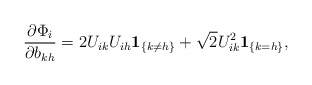
\begin{align*}\frac{\partial\Phi_{i}}{\partial b_{kh}}=2U_{ik}U_{ih}\mathbf{1}_{\{k\not =h\}}+\sqrt{2}U_{ik}^{2}\mathbf{1}_{\{k=h\}}, \end{align*}